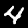
Label: 4